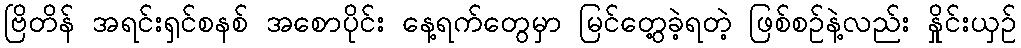
ဗြိတိန် အရင်းရှင်စနစ် အစောပိုင်း နေ့ရက်တွေမှာ မြင်တွေ့ခဲ့ရတဲ့ ဖြစ်စဉ်နဲ့လည်း နှိုင်းယှဉ်